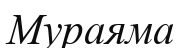
Мураяма